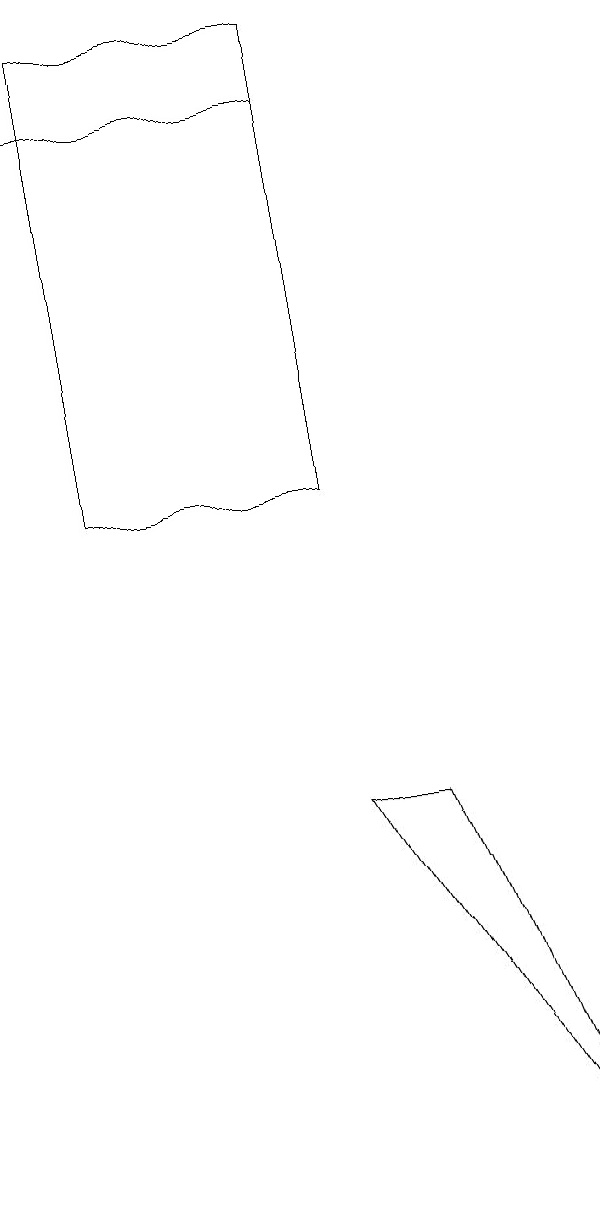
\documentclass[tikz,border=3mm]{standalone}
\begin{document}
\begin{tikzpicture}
\draw (5,9) -- (4,9) -- (7,4) -- cycle;
\draw (1,13) rectangle (4,19);
\draw (4,18) rectangle (0,18);
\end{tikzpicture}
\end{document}